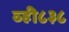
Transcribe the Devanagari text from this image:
व्ही८३८